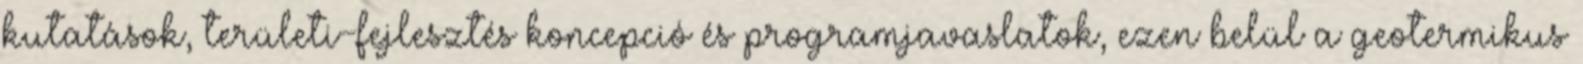
kutatások, területi-fejlesztés koncepció és programjavaslatok, ezen belül a geotermikus